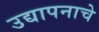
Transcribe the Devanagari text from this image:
उद्यापनाचे